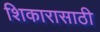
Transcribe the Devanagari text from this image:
शिकारासाठी